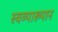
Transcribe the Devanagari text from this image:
स्वव्याख्यान